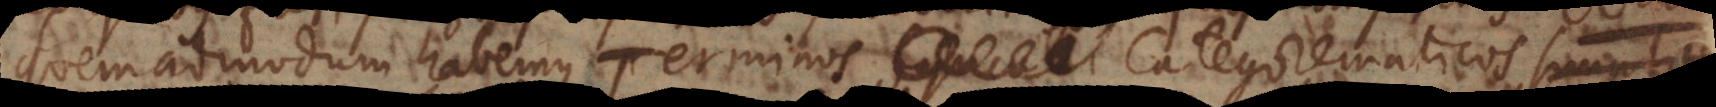
quemadmodum habemus Terminos categorematicos simplices